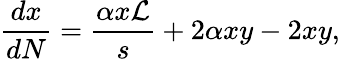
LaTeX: \frac{dx}{dN}=\frac{\alpha x\mathcal{L}}{s}+2\alpha xy-2xy,